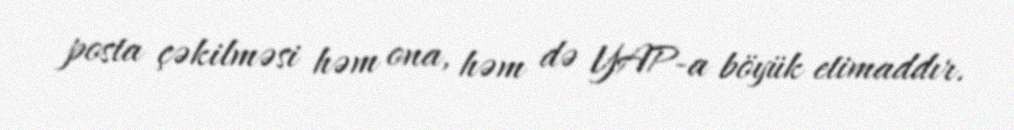
posta çəkilməsi həm ona, həm də YAP-a böyük etimaddır.